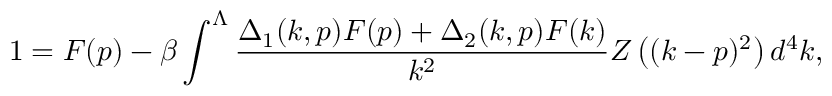
1 = F ( p ) - \beta \int ^ { \Lambda } \frac { \Delta _ { 1 } ( k , p ) F ( p ) + \Delta _ { 2 } ( k , p ) F ( k ) } { k ^ { 2 } } Z \left( ( k - p ) ^ { 2 } \right) d ^ { 4 } k ,